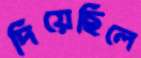
দিয়েছিলে